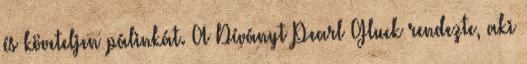
és követeljen pálinkát. A Díványt Pearl Gluck rendezte, aki